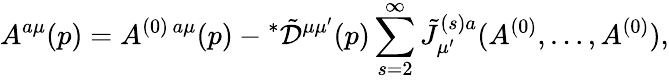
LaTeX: A^{a\mu}(p)=A^{(0)\, a\mu}(p)-\! \, ^{\ast}\tilde{\cal D}^{\mu\mu^{\prime}}(p)\sum_{s=2}^{\infty}\tilde{J}_{\mu^{\prime}}^{(s)a}(A^{(0)},\ldots,A^{(0)}),